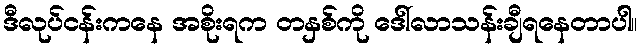
ဒီလုပ်ငန်းကနေ အစိုးရက တနှစ်ကို ဒေါ်လာသန်းချီရနေတာပါ။